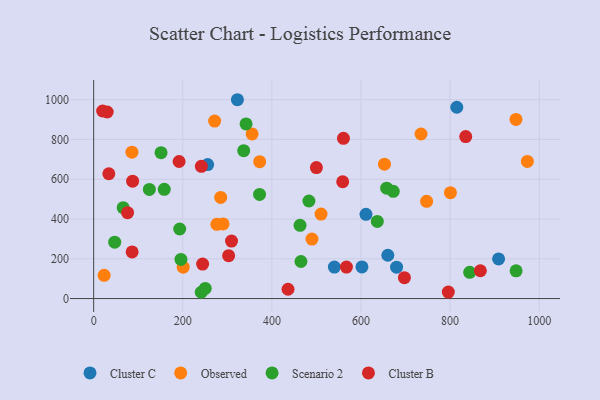
{"axis": {"x": "Speed", "y": "Rating"}, "legend": ["Cluster B", "Cluster C", "Observed", "Scenario 2"], "data": [{"x": "660.2", "y": 217.7, "type": "Cluster C"}, {"x": "255.8", "y": 673.8, "type": "Cluster C"}, {"x": "611.2", "y": 423.6, "type": "Cluster C"}, {"x": "602.1", "y": 159.3, "type": "Cluster C"}, {"x": "540.2", "y": 158.1, "type": "Cluster C"}, {"x": "815.0", "y": 961.9, "type": "Cluster C"}, {"x": "679.8", "y": 157.8, "type": "Cluster C"}, {"x": "322.6", "y": 999.7, "type": "Cluster C"}, {"x": "908.8", "y": 199.2, "type": "Cluster C"}, {"x": "23.5", "y": 116.7, "type": "Observed"}, {"x": "489.9", "y": 299.3, "type": "Observed"}, {"x": "747.3", "y": 488.8, "type": "Observed"}, {"x": "271.5", "y": 892.3, "type": "Observed"}, {"x": "947.8", "y": 900.8, "type": "Observed"}, {"x": "200.9", "y": 157.8, "type": "Observed"}, {"x": "510.3", "y": 424.6, "type": "Observed"}, {"x": "973.4", "y": 689.3, "type": "Observed"}, {"x": "800.7", "y": 532.6, "type": "Observed"}, {"x": "372.6", "y": 688.1, "type": "Observed"}, {"x": "355.6", "y": 827.6, "type": "Observed"}, {"x": "734.7", "y": 827.4, "type": "Observed"}, {"x": "652.6", "y": 675.5, "type": "Observed"}, {"x": "290.4", "y": 375.3, "type": "Observed"}, {"x": "276.5", "y": 373.2, "type": "Observed"}, {"x": "285.1", "y": 508.5, "type": "Observed"}, {"x": "85.9", "y": 735.8, "type": "Observed"}, {"x": "195.9", "y": 196.7, "type": "Scenario 2"}, {"x": "657.6", "y": 555.2, "type": "Scenario 2"}, {"x": "151.2", "y": 733.5, "type": "Scenario 2"}, {"x": "843.9", "y": 132.1, "type": "Scenario 2"}, {"x": "463.2", "y": 368.3, "type": "Scenario 2"}, {"x": "125.0", "y": 548.8, "type": "Scenario 2"}, {"x": "342.0", "y": 877.8, "type": "Scenario 2"}, {"x": "948.1", "y": 139.6, "type": "Scenario 2"}, {"x": "158.4", "y": 549.0, "type": "Scenario 2"}, {"x": "336.7", "y": 743.6, "type": "Scenario 2"}, {"x": "636.6", "y": 387.8, "type": "Scenario 2"}, {"x": "465.2", "y": 186.3, "type": "Scenario 2"}, {"x": "193.1", "y": 349.7, "type": "Scenario 2"}, {"x": "672.4", "y": 539.4, "type": "Scenario 2"}, {"x": "483.1", "y": 490.6, "type": "Scenario 2"}, {"x": "47.2", "y": 283.7, "type": "Scenario 2"}, {"x": "372.3", "y": 523.4, "type": "Scenario 2"}, {"x": "241.4", "y": 31.6, "type": "Scenario 2"}, {"x": "250.4", "y": 50.9, "type": "Scenario 2"}, {"x": "66.2", "y": 456.9, "type": "Scenario 2"}, {"x": "86.3", "y": 234.6, "type": "Cluster B"}, {"x": "191.7", "y": 689.0, "type": "Cluster B"}, {"x": "835.0", "y": 814.6, "type": "Cluster B"}, {"x": "867.9", "y": 139.9, "type": "Cluster B"}, {"x": "796.0", "y": 32.7, "type": "Cluster B"}, {"x": "302.9", "y": 215.7, "type": "Cluster B"}, {"x": "87.4", "y": 590.0, "type": "Cluster B"}, {"x": "241.7", "y": 665.0, "type": "Cluster B"}, {"x": "34.0", "y": 627.4, "type": "Cluster B"}, {"x": "567.3", "y": 158.3, "type": "Cluster B"}, {"x": "697.4", "y": 104.8, "type": "Cluster B"}, {"x": "309.4", "y": 288.8, "type": "Cluster B"}, {"x": "76.1", "y": 431.9, "type": "Cluster B"}, {"x": "560.6", "y": 805.7, "type": "Cluster B"}, {"x": "558.9", "y": 587.2, "type": "Cluster B"}, {"x": "30.4", "y": 938.1, "type": "Cluster B"}, {"x": "20.1", "y": 942.9, "type": "Cluster B"}, {"x": "499.9", "y": 658.8, "type": "Cluster B"}, {"x": "244.5", "y": 173.5, "type": "Cluster B"}, {"x": "436.2", "y": 46.8, "type": "Cluster B"}]}